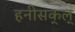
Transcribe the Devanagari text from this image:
हनीसक्‌ल्‌